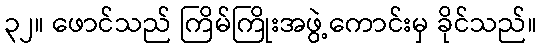
၃၂။ ဖောင်သည် ကြိမ်ကြိုးအဖွဲ့ကောင်းမှ ခိုင်သည်။